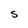
Character: S